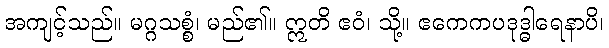
အကျင့်သည်။ မဂ္ဂသစ္စံ၊ မည်၏။ ဣတိ ဧဝံ၊ သို့။ ဧကေကပဒုဒ္ဓါရေနာပိ၊